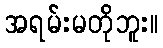
အရမ်းမတိုဘူး။